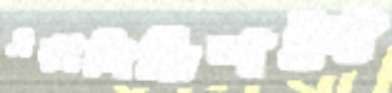
এক্সপিডিশনে